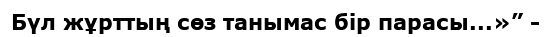
Бүл жұрттың сөз танымас бір парасы...»” -